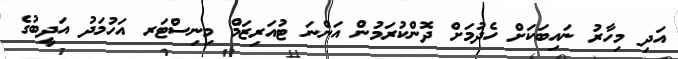
އަދި މިހާރު ނައިބަކަށް ހެދުމަށް ދޮންކުރަމުން އަންނަ ޓުއަރިޒަމް މިނިސްޓަރ އަހުމަދު އަދީބުގެ